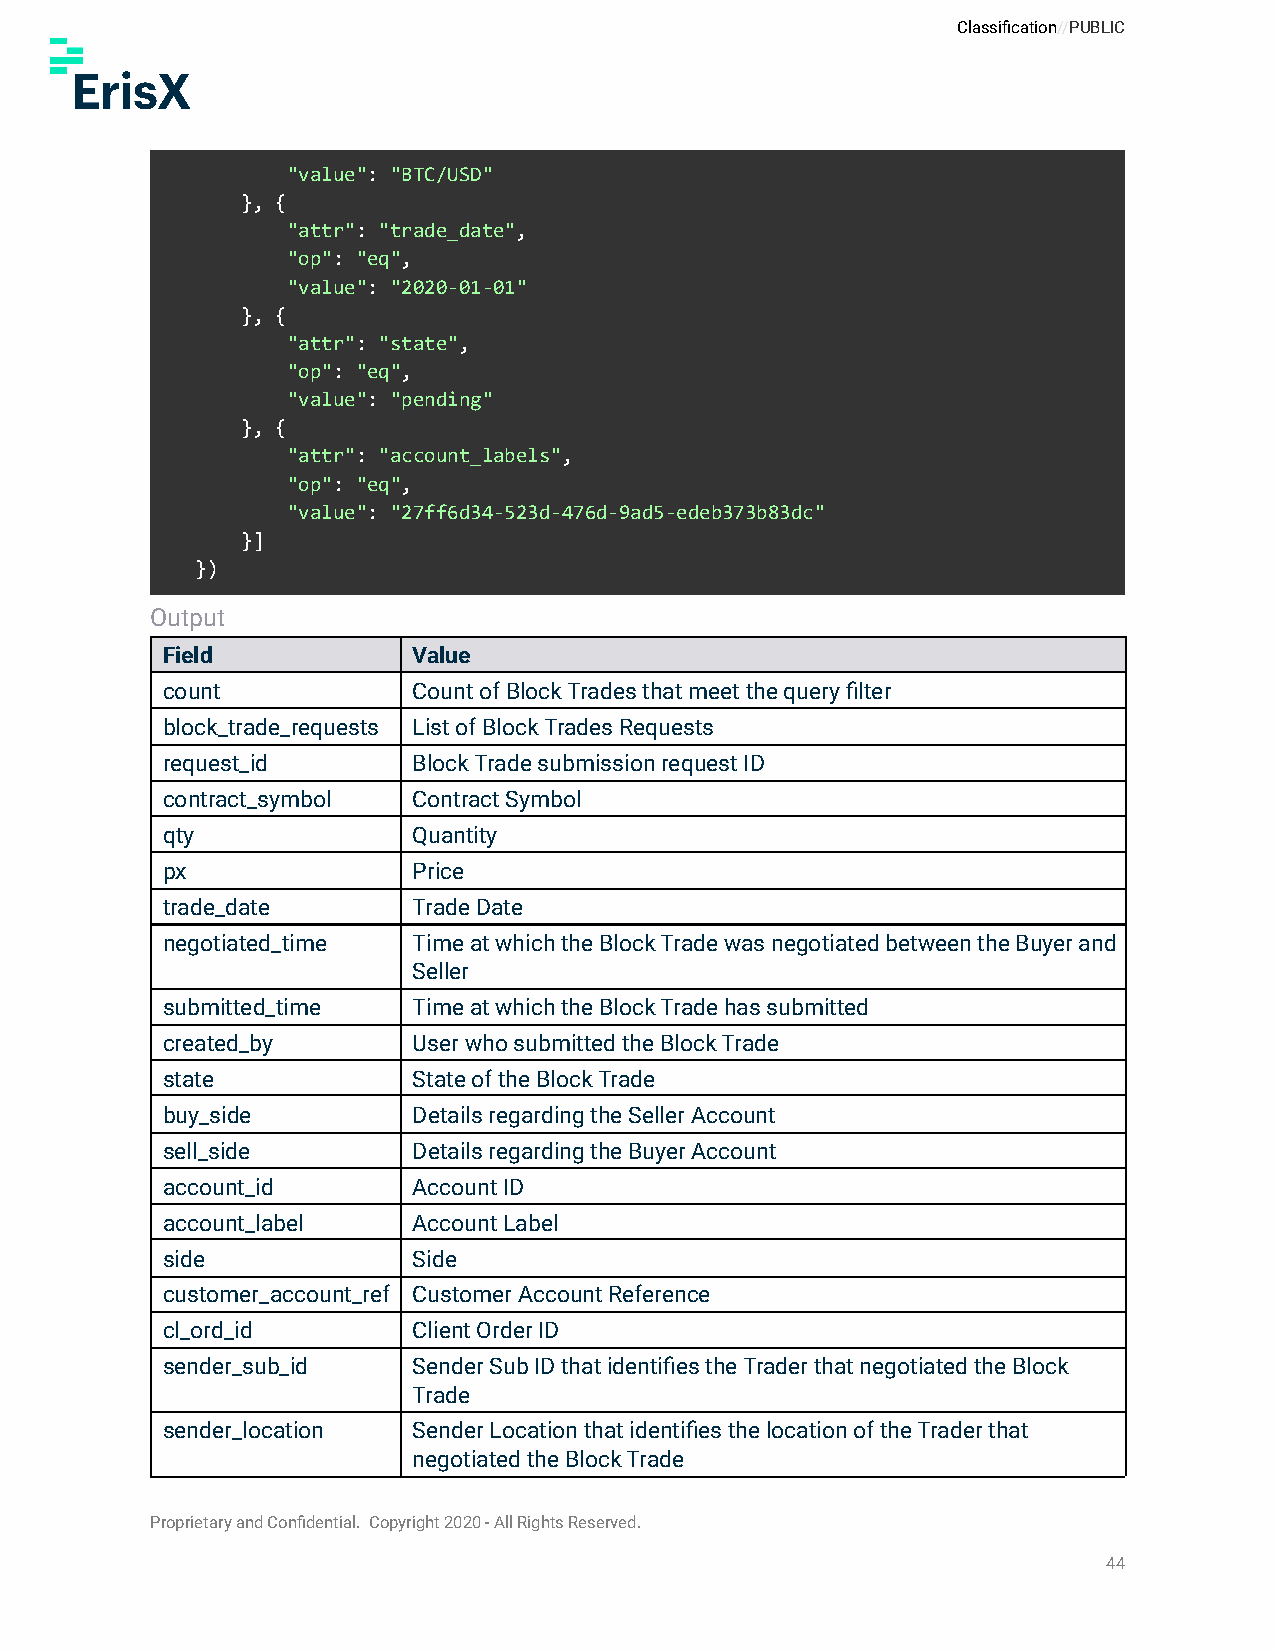
Classification//PUBLIC
 "value": "BTC/USD"
 }, {
 "attr": "trade_date",
 "op": "eq",
 "value": "2020-01-01"
 }, {
 "attr": "state",
 "op": "eq",
 "value": "pending"
 }, {
 "attr": "account_labels",
 "op": "eq",
 "value": "27ff6d34-523d-476d-9ad5-edeb373b83dc"
 }]
 })
 Output
 Field           Value
 count           Count of Block Trades that meet the query filter
 block_trade_requests List of Block Trades Requests
 request_id      Block Trade submission request ID
 contract_symbol Contract Symbol
 qty             Quantity
 px              Price
 trade_date      Trade Date
 negotiated_time Time at which the Block Trade was negotiated between the Buyer and
 Seller
 submitted_time  Time at which the Block Trade has submitted
 created_by      User who submitted the Block Trade
 state           State of the Block Trade
 buy_side        Details regarding the Seller Account
 sell_side       Details regarding the Buyer Account
 account_id      Account ID
 account_label   Account Label
 side            Side
 customer_account_ref Customer Account Reference
 cl_ord_id       Client Order ID
 sender_sub_id   Sender Sub ID that identifies the Trader that negotiated the Block
 Trade
 sender_location Sender Location that identifies the location of the Trader that
 negotiated the Block Trade
 Proprietary and Confidential. Copyright 2020 - All Rights Reserved.
 44